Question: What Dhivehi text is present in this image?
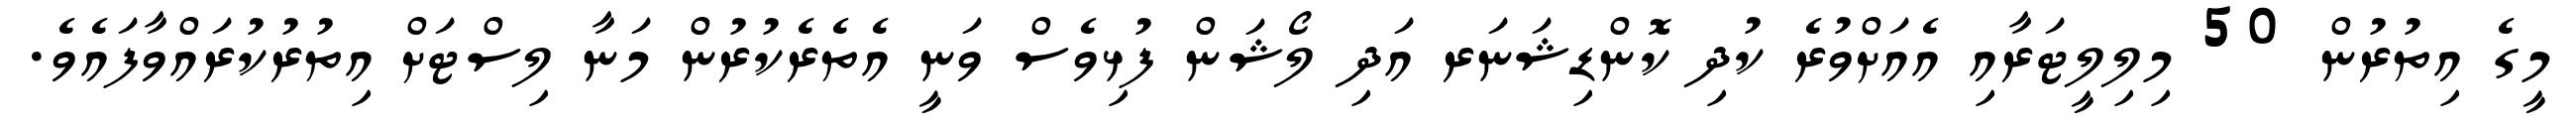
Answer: މީގެ އިތުރުން 50 މިލިލީޓަރާއި އެއަށްވުރެ ކުދި ކޮންޑިޝަނަރ އަދި ލޯޝަން ފުޅިވެސް ވަނީ އެތެރެކުރުން މަނާ ލިސްޓަށް އިތުރުކުރައްވާފައެވެ.